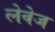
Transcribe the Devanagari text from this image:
लेवेज